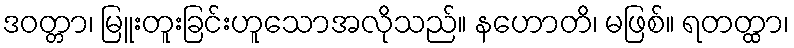
ဒဝတ္တာ၊ မြူးတူးခြင်းဟူသောအလိုသည်။ နဟောတိ၊ မဖြစ်။ ရတတ္ထာ၊